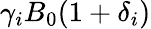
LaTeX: \gamma_{i}B_{0}(1+\delta_{i})